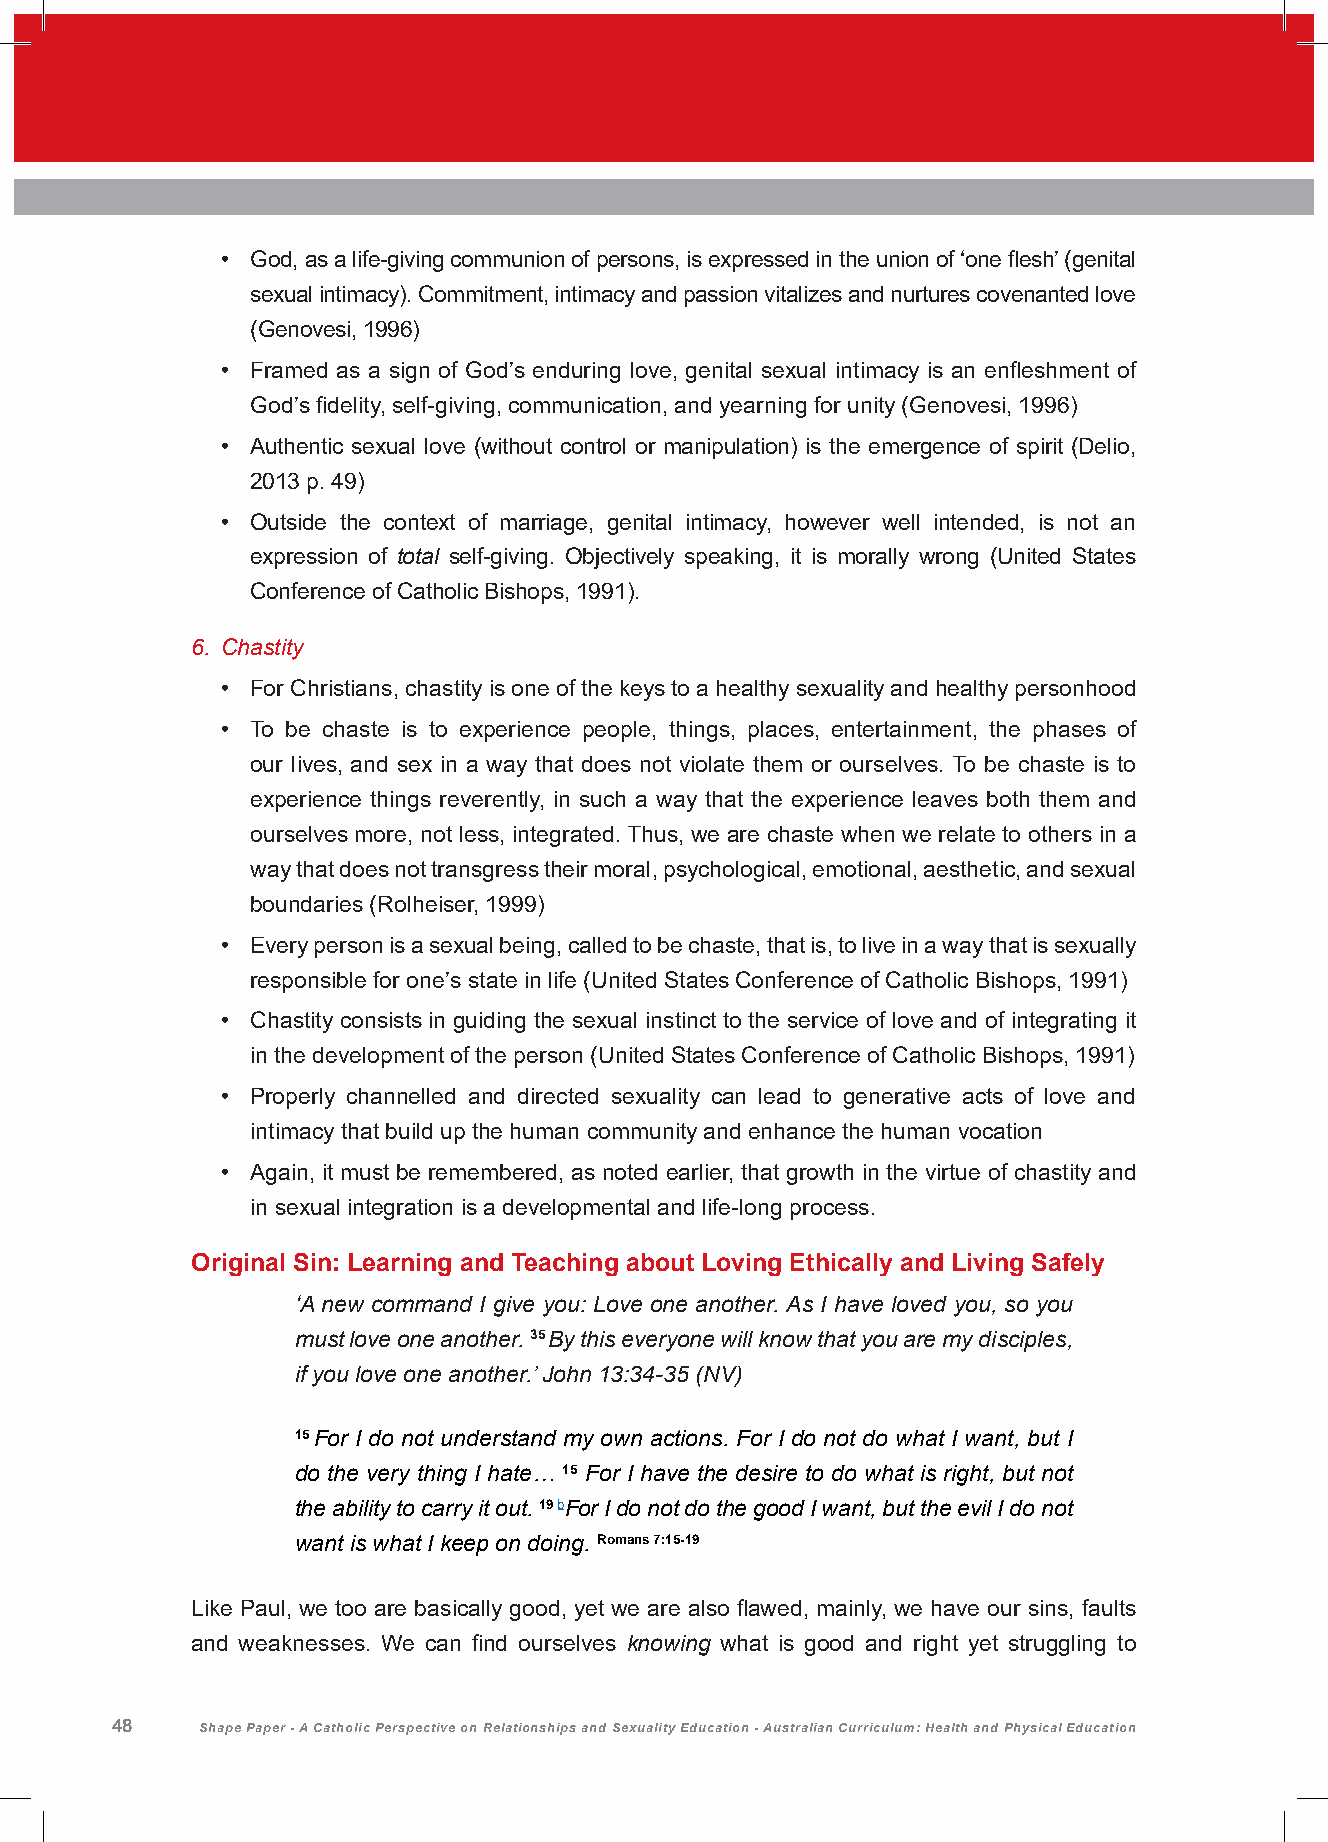
• God, as a life-giving communion of persons, is expressed in the union of ‘one flesh’ (genital
 sexual intimacy). Commitment, intimacy and passion vitalizes and nurtures covenanted love
 (Genovesi, 1996)
 • Framed as a sign of God’s enduring love, genital sexual intimacy is an enfleshment of
 God’s fidelity, self-giving, communication, and yearning for unity (Genovesi, 1996)
 • Authentic sexual love (without control or manipulation) is the emergence of spirit (Delio,
 2013 p. 49)
 • Outside the context of marriage, genital intimacy, however well intended, is not an
 expression of total self-giving. Objectively speaking, it is morally wrong (United States
 Conference of Catholic Bishops, 1991).
 6. Chastity
 • For Christians, chastity is one of the keys to a healthy sexuality and healthy personhood
 • To be chaste is to experience people, things, places, entertainment, the phases of
 our lives, and sex in a way that does not violate them or ourselves. To be chaste is to
 experience things reverently, in such a way that the experience leaves both them and
 ourselves more, not less, integrated. Thus, we are chaste when we relate to others in a
 way that does not transgress their moral, psychological, emotional, aesthetic, and sexual
 boundaries (Rolheiser, 1999)
 • Every person is a sexual being, called to be chaste, that is, to live in a way that is sexually
 responsible for one’s state in life (United States Conference of Catholic Bishops, 1991)
 • Chastity consists in guiding the sexual instinct to the service of love and of integrating it
 in the development of the person (United States Conference of Catholic Bishops, 1991)
 • Properly channelled and directed sexuality can lead to generative acts of love and
 intimacy that build up the human community and enhance the human vocation
 • Again, it must be remembered, as noted earlier, that growth in the virtue of chastity and
 in sexual integration is a developmental and life-long process.
 Original Sin: Learning and Teaching about Loving Ethically and Living Safely
 ‘A new command I give you: Love one another. As I have loved you, so you
 must love one another. 35 By this everyone will know that you are my disciples,
 if you love one another.’ John 13:34-35 (NV)
 15 For I do not understand my own actions. For I do not do what I want, but I
 do the very thing I hate… 15 For I have the desire to do what is right, but not
 the ability to carry it out. 19 bFor I do not do the good I want, but the evil I do not
 want is what I keep on doing. Romans 7:15-19
 Like Paul, we too are basically good, yet we are also flawed, mainly, we have our sins, faults
 and weaknesses. We can find ourselves knowing what is good and right yet struggling to
 48    Shape Paper - A Catholic Perspective on Relationships and Sexuality Education - Australian Curriculum: Health and Physical Education